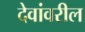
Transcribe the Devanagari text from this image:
देवांवरील